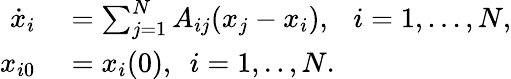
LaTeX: \begin{array}{rl}{\dot{x}_{i}}&{{}=\sum_{j=1}^{N}A_{ij}(x_{j}-x_{i}),\ \ \ i=1,...,N,}\\ {x_{i0}}&{{}=x_{i}(0),\ \ i=1,..,N.}\end{array}